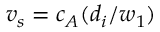
v _ { s } = c _ { A } ( d _ { i } / w _ { 1 } )